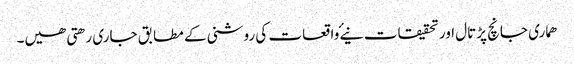
ھماری جانچ پڑتال اور تحقیقات نیۓ واقعات کی روشنی کے مطابق جاری رھتی ھیں۔